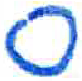
אות: ס